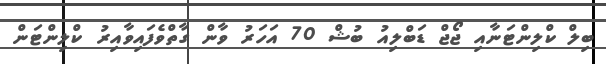
ބިލް ކްލިންޓަނާއި ޖޯޖް ޑަބްލިއު ބުޝް 70 އަހަރު ވާން ގާތްވެފައިވާއިރު ކްލިންޓަން